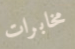
مخابرات